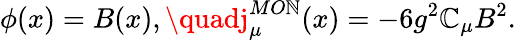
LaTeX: \phi(x)=B(x),\quadj_{\mu}^{MO\mathbb{N}}(x)=-6g^{2}\mathbb{C}_{\mu}B^{2}.